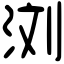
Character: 浏